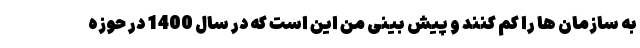
به سازمان ها را کم کنند و پیش بینی من این است که در سال 1400 در حوزه